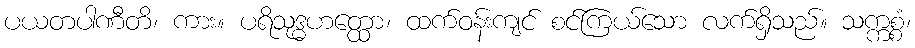
ပယတပါဏီတိ၊ ကား။ ပရိသုဒ္ဓဟတ္ထော၊ ထက်ဝန်းကျင် စင်ကြယ်သော လက်ရှိသည်။ သက္ကစ္စံ၊